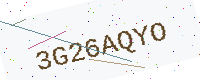
Text: 3G26AQYO